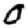
Digit: 0